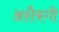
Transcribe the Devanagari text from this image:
अशैबगी